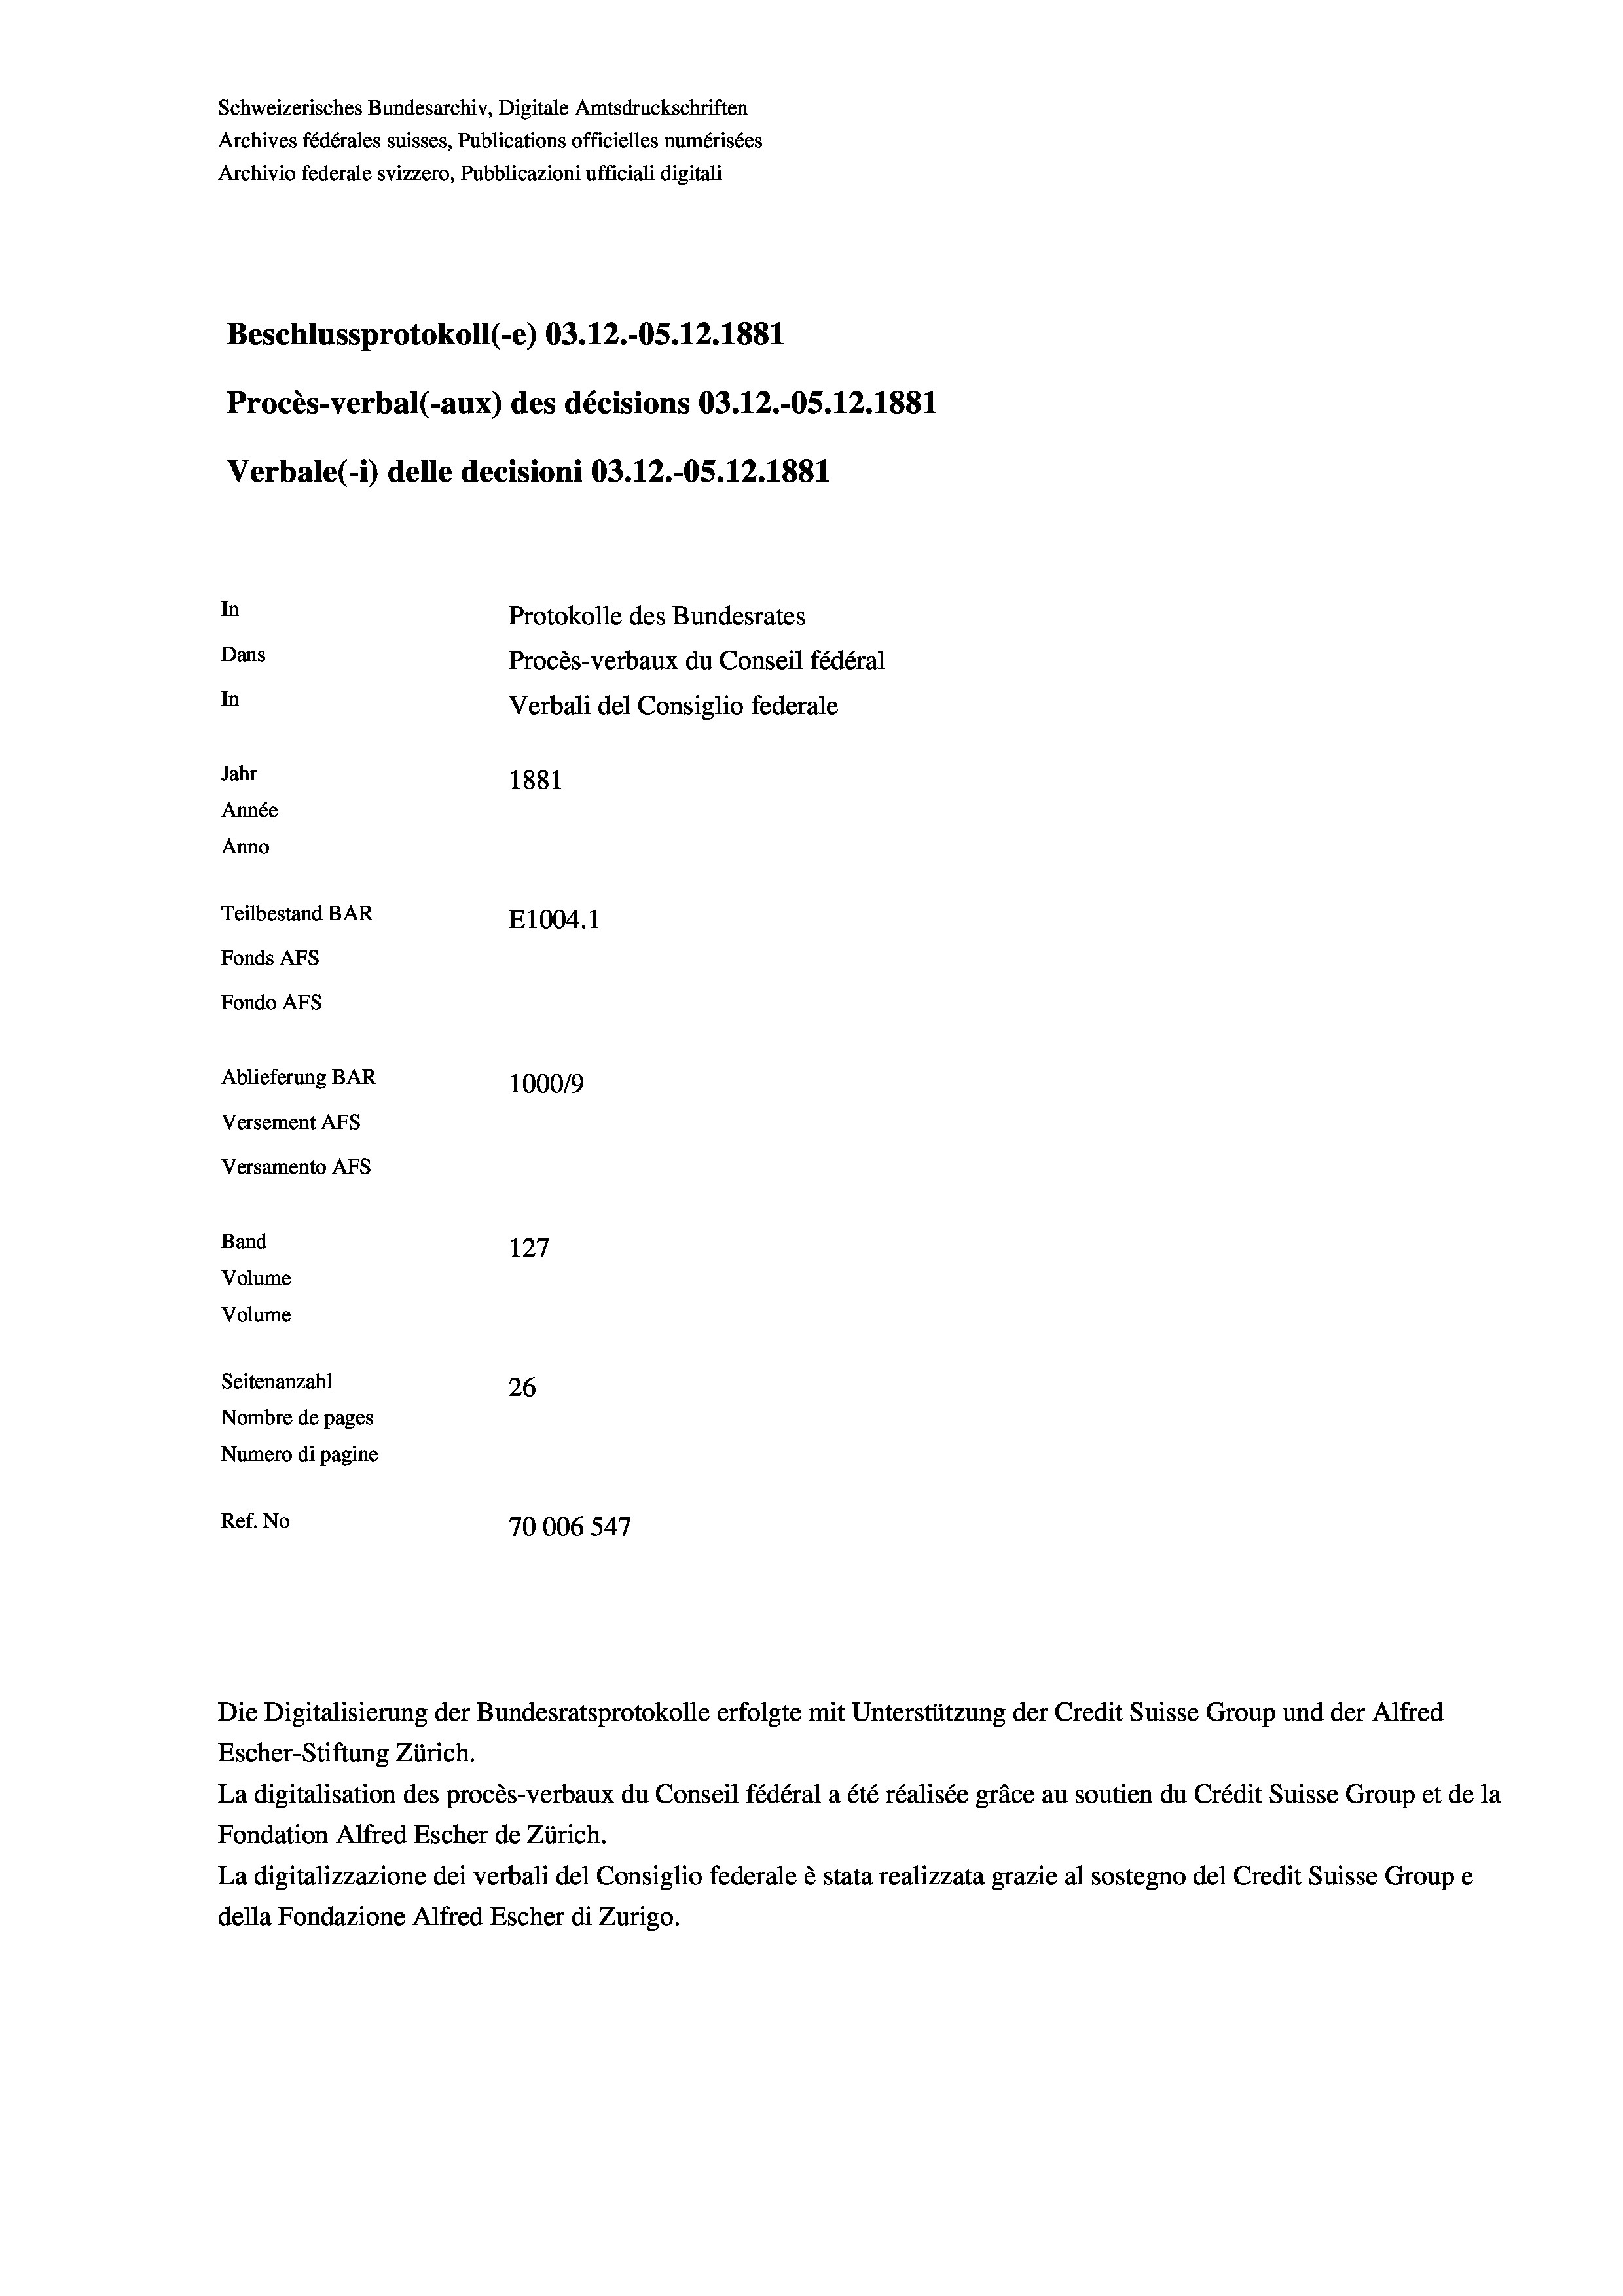
Schweizerisches Bundesarchiv, Digitale Amtsdruckschriften
Archives fédérales suisses, Publications officielles numérisées
Archivio federale svizzero, Pubblicazioni ufficiali digitali
Beschlussprotokoll (-e) 03.12.-OS.12.1881
Procès-verbal (-aux) des décisions 03.12.-OS.12.1881
In
Protokolle des Bundesrates
Dans
Procès-verbaux du Conseil fédéral
In
Verbali del Consiglio federale
Jahr
1881
Année
Anno
Teilbestand BAR
E1004. 1
Fonds AFs
Fondo AFS
Ablieferung BAR
100019
Versement AFs
Versamento Afs
Band
127
Volume
Volume
Seitenanzahl
26
Nombre de pages
Numero di pagine
Ref. No
70006 547

Verbale(-*) delle decisioni 03.12.-OS.12.1881

Die Digitalisierung der Bundesratsprotokolle erfolgte mit Unterstützung der Credit Suisse Group und der Alfred
Escher-Stiftung Zürich.
La digitalisation des procès-verbaux du Conseil fédéral a été réalisée gräce au soutien du Crédit Suisse Group et de la
Fondation Alfred Escher de Zürich.
La digitalizzazione dei verbali del Consiglio federale è stata realizzata grazie al sostegno del Credit Suisse Groupe
della Fondazione Alfred Escher di Zurigo.